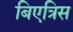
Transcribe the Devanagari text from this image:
बिएत्रिस